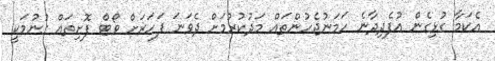
އެކަމާ ގުޅިގެން އުފެދިދާނެ ހަމަނުޖެހުންތައް މަދުކުރުމަށް ދެވަނަ ފަހަރަށް ވޯޓް ފޮށިތައް ގުނުމަކީ